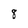
Character: 8